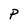
Character: P